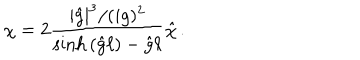
\chi = 2 \frac { | { \hat { g } } | ^ { 3 } / ( i g ) ^ { 2 } } { \sinh { \left( { \hat { g } } \ell \right) } - { \hat { g } } \ell } { \hat { \chi } } \, .